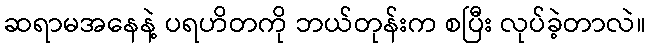
ဆရာမအနေနဲ့ ပရဟိတကို ဘယ်တုန်းက စပြီး လုပ်ခဲ့တာလဲ။